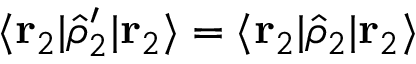
\langle \mathbf { r } _ { 2 } | \hat { \rho } _ { 2 } ^ { \prime } | \mathbf { r } _ { 2 } \rangle = \langle \mathbf { r } _ { 2 } | \hat { \rho } _ { 2 } | \mathbf { r } _ { 2 } \rangle